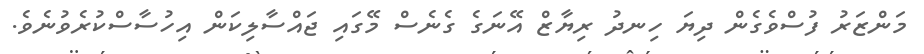
މަންޒަރު ފުސްވެގެން ދިޔަ ހިނދު ރިޔާޒް އޭނަގެ ގެނެސް މޭގައި ޖައްސާލިކަން އިހުސާސްކުރެވުނެވެ.